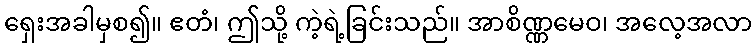
ရှေးအခါမှစ၍။ ဧတံ၊ ဤသို့ ကဲ့ရဲ့ခြင်းသည်။ အာစိဏ္ဏမေဝ၊ အလေ့အလာ